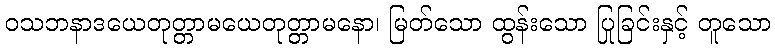
ဝသဘနာဒယေတုတ္တာမယေတုတ္တာမနော၊ မြတ်သော ထွန်းသော ပြုခြင်းနှင့် တူသော